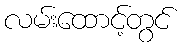
လမ်းထောင့်တွင်